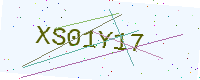
Text: XS01Y17